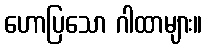
ဟောပြသော ဂါထာများ။